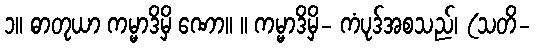
၁။ ဓာတုယာ ကမ္မာဒိမှိ ဏော။ ။ ကမ္မာဒိမှိ- ကံပုဒ်အစသည်၊ (သတိ-